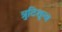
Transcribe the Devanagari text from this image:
त्रुटिशून्य